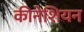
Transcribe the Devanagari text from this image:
कीनेशियन